Vaccination in the Punjab 1867-1880 - 1867-1880
Year: 1867
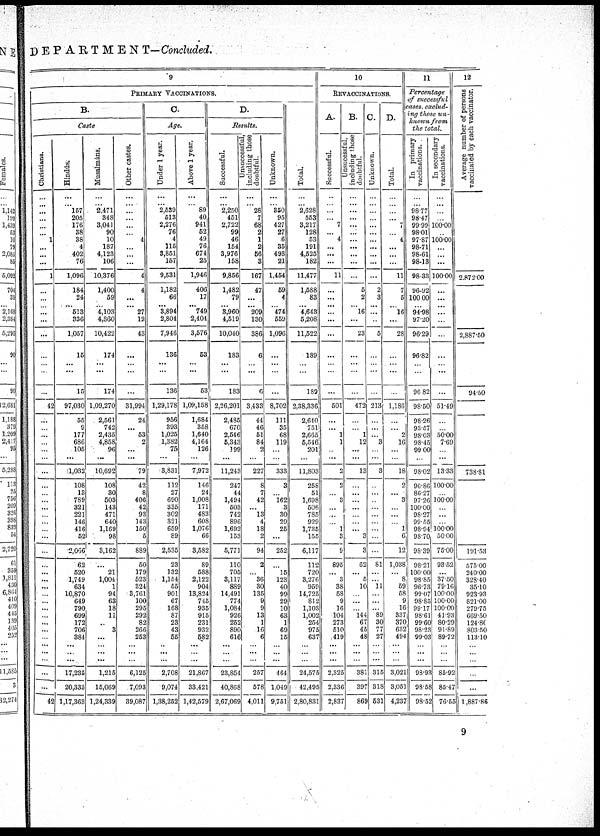
DEPARTMENT— Concluded.
9
PRIMARY VACCINATIONS.
B.
Caste
Christians.
...
...
...
...
...
...
1
...
...
...
1
...
...
...
...
...
...
...
...
...
42
...
...
...
...
...
...
...
...
...
...
...
...
...
...
...
...
...
...
...
...
...
...
...
...
...
...
...
...
...
...
42
Hindús.
...
... 157
205
176
38
38
4
402
76
1,096
184
24
... 513
336
1,057
15
...
...
15
97,030
55
9
177
686
105
...
1,032
108
13
789
321
221
146
416
52
2,066
62
520
1,749
634
10,870
649
790
699
172
706
384
...
...
...
17,235
20,333
1,17,363
Musalmáns.
...
... 2,471
348
3,041
90
10
187
4,123
106
10,376
1,400
59
... 4,103
4,860
10,422
174
...
...
174
1,09,270
2,561
742
2,435
4,858
96
...
10,692
108
30
503
143
471
640
1,169
98
3,162
...
21
1,004
1
94
63
18
11
...
3
...
...
...
...
1,215
15,069
1,24,339
Other castes.
...
...
...
...
...
...
4
...
...
...
4
4
...
... 27
12
43
...
...
...
...
31,994
24
...
53
2
...
...
79
42
8
406
42
93
143
150
5
889
50
179
523
324
3,761
100
295
292
82
266
253
...
...
...
6,125
7,093
39,087
C.
Age.
Under 1 year.
...
... 2,539
513
2,276
76
4
115
3,851
157
9,531
1,182
66
... 3,894
2,804
7,946
136
...
...
136
1,29,178
956
393
1,025
1,382
75
...
3,831
112
27
690
335
302
321
659
89
2,535
23
132
1,154
55
901
67
168
87
23
43
55
..
...
...
2,708
9,074
1,38,252
Above 1 year.
...
... 89
40
941
52
49
76
674
25
1,946
406
17
... 749
2,404
3,576
53
...
...
53
1,09,158
1,684
358
1,640
4,164
126
...
7,972
146
24
1,008
171
483
608
1,076
66
3,582
89
588
2,122
904
13,824
745
935
915
231
932
582
...
...
...
21,867
33,421
1,42,579
D.
Results.
Successful.
...
... 2,250
451
2,722
99
46
154
3,976
158
9,856
1,482
79
... 3,960
4,519
10,040
183
...
...
183
2,26,201
2,485
670
2,546
5,343
199
...
11,243
247
44
1,494
503
742
896
1,692
153
5,771
110
705
3,117
889
14,491
774
1,084
926
252
890
616
...
...
...
23,854
40,868
2,67,069
unsuccessful,
including those
doubtful.
...
... 28
7
68
2
1
2
56
3
167
47
...
... 209
130
386
6
...
...
6
3,433
44
46
51
84
2
...
227
8
7
42
...
13
4
18
2
94
2
...
36
30
135
9
9
13
1
16
6
...
...
...
257
578
4,011
Unknown.
...
... 350
95
427
27
6
35
493
21
1,454
59
4
... 474
559
1,096
...
...
...
...
8,702
111
35
68
119
...
...
333
3
...
162
3
30
29
25
...
252
...
15
123
40
99
29
10
63
1
69
15
...
...
...
464
1,049
9,751
Total.
...
... 2,628
553
3,217
128
53
191
4,525
182
11,477
1,588
83
... 4,643
5,208
11,522
189
...
...
189
2,38,336
2,640
751
2,665
5,546
201
...
11,803
258
51
1,698
506
785
929
1,735
155
6,117
112
720
3,276
959
14,725
812
1,103
1,002
254
975
637
...
...
...
24,575
42,495
2,80,831
10
REVACCINATIONS.
A.
Successful.
..
...
...
...
7
...
4
...
...
...
11
...
...
... ...
...
...
...
...
...
...
501
...
...
1
1
...
...
2
2
...
3
...
...
...
1
3
9
895
...
3
38
58
9
16
104
273
510
419
...
...
...
2,325
2,336
2,837
B.
unsucessful,
including those
doubtful.
...
...
...
...
...
...
...
...
...
...
...
5
2
... 16
...
23
...
...
...
...
472
...
...
1
12
...
...
13
...
...
...
...
...
...
...
3
3
62
...
5
10
...
...
...
144
67
45
48
...
...
...
381
397
869
C.
Unknown.
...
...
...
...
...
...
...
...
...
...
...
2
3
... ...
...
5
...
...
...
...
213
...
...
...
3
...
...
3
...
...
...
...
...
...
...
...
...
81
...
...
11
...
...
...
89
30
77
27
...
...
...
315
318
531
D.
Total.
...
...
...
...
7
...
4
...
...
...
11
7
5
... 16
...
28
...
...
...
...
1,186
...
...
2
16
...
...
18
2
...
3
...
...
...
1
6
12
1,038
...
8
59
58
9
16
337
370
632
494
...
...
...
3,021
3,051
4,237
11
Percentage
of successful
cases, exclud-
ing those un-
known from
the total.
In primary
vaccinations.
...
...
98.77
98.47
99.99
98.01
97.87
98.71
98.61
98.13
98.33
96.92
100.00
... 94.98
97.20
96.29
96.82
...
...
96.82
98.50
98.26
93.57
98.03
98.45
99.00
...
98.02
96.86
86.27
97.26
100.00
98.27
99.55
98.94
98.70
98.39
98.21
100.00
98.85
96.73
99.07
98.85
99.17
98.61
99.60
98.23
99.03
...
...
...
98.93
98.58
98.52
In secondary
vaccinations.
...
...
...
...
100.00
...
100.00
...
...
...
100.00
...
...
... ...
...
...
...
...
...
51.49
...
...
50.00
7.69
...
...
13.33
100.00
...
100.00
...
...
...
100.00
50.00
75.00
93.52
...
37.50
79.16
100.00
100.00
100.00
41.93
80.29
91.89
89.72
...
...
...
85.92
85.47
76.55
12
Average number of persons
vaccinated by each Vaccinator.
...
...
...
...
...
...
...
...
...
...
2,872.00
...
...
... ...
...
2,887.50
...
...
...
94.50
...
...
...
...
...
...
738.81
...
...
...
...
...
...
...
...
191.53
575.00
240.00
328.40
35.10
923.93
821.00
279.75
669.50
124.80
803.50
113.10
...
...
...
...
...
1,887.86
9